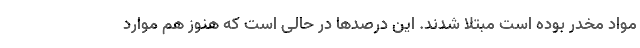
مواد مخدر بوده است مبتلا شدند. این درصدها در حالی است که هنوز هم موارد